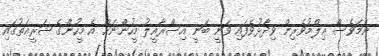
ނަމަވެސް ޢިލްމުވެރިން ވިދާޅުވެފައި ވަނީ ބަނީ އިސްރާއީލު މީހުންނަށް އެ މީހުންގެ ޝަރީޢަތުގައި